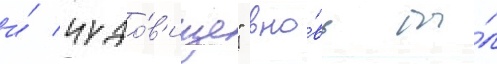
и́ чудо́в'ище" вно́вь бы́л